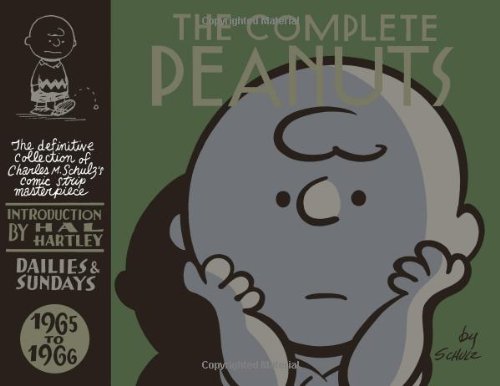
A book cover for The Complete Peanuts 1965-1966; Charles M. Schulz; Comics & Graphic Novels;